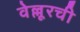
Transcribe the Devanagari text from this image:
वेल्लूरची